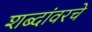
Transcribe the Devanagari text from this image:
शब्दांवरचे